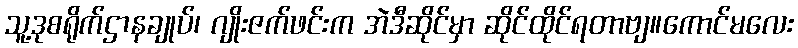
သူ့ဒုစရိုက်ဌာနချုပ်၊ ဂျိုးဇက်ဖင်းက အဲဒီဆိုင်မှာ ဆိုင်ထိုင်ရတာဗျ။ကောင်မလေး